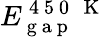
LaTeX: E_{\mathrm{~g~a~p~}}^{\mathrm{~4~5~0~\, ~K~}}